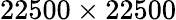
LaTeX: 22500\times 22500